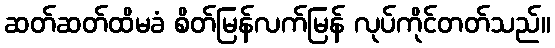
ဆတ်ဆတ်ထိမခံ စိတ်မြန်လက်မြန် လုပ်ကိုင်တတ်သည်။